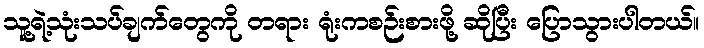
သူ့ရဲ့သုံးသပ်ချက်တွေကို တရား ရုံးကစဉ်းစားဖို့ ဆိုပြီး ပြောသွားပါတယ်။